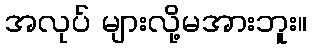
အလုပ် များလို့မအားဘူး။